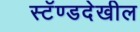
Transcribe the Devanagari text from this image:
स्टॅण्डदेखील